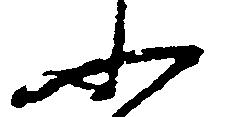
ふ